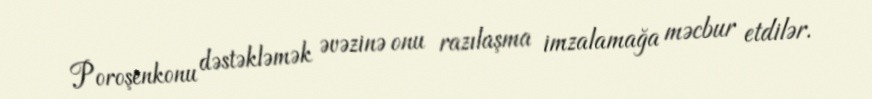
Poroşenkonu dəstəkləmək əvəzinə onu razılaşma imzalamağa məcbur etdilər.